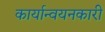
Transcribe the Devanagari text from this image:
कार्यान्‍वयनकारी